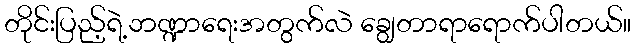
တိုင်းပြည့်ရဲ့ဘဏ္ဍာရေးအတွက်လဲ ချွေတာရာရောက်ပါတယ်။